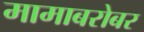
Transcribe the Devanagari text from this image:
मामाबरोबर